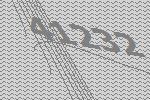
41232